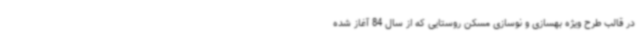
در قالب طرح ویژه بهسازی و نوسازی مسکن روستایی که از سال 84 آغاز شده